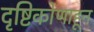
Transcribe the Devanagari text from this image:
दृष्टिकोणाहून